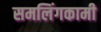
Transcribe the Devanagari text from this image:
समलिंगकामी